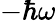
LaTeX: -\hbar\omega